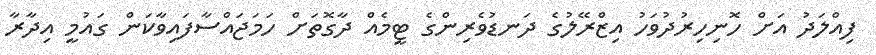
ފިއްލަދު އަށް ހޮނިހިރުދުވަހު އިޒްރޭލުގެ ދަނޑުވެރިންގެ ޓީމެއް ދާގޮތަށް ހަމަޖައްސާފައިވާކަން ގައުމީ އިދާރާ